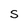
Character: S